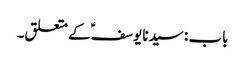
باب : سیدنا یوسفؑ کے متعلق۔